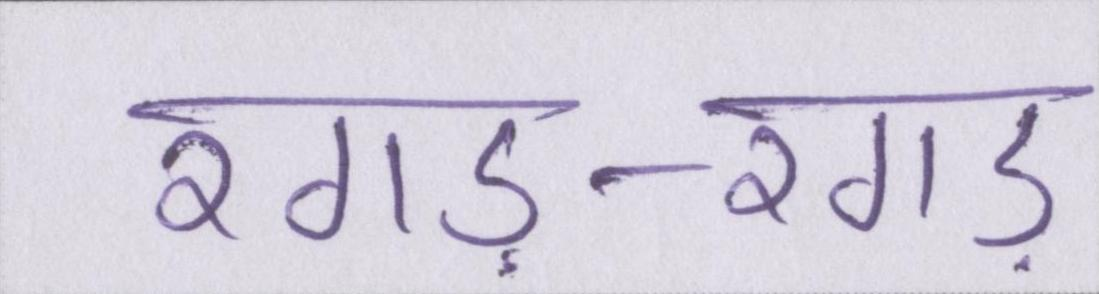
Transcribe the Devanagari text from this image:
रगड़-रगड़